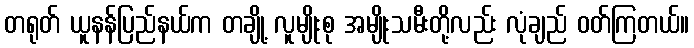
တရုတ် ယူနန်ပြည်နယ်က တချို့ လူမျိုးစု အမျိုးသမီးတို့လည်း လုံချည် ဝတ်ကြတယ်။